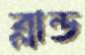
ব্লান্ড